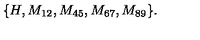
\{ H , M _ { 1 2 } , M _ { 4 5 } , M _ { 6 7 } , M _ { 8 9 } \} .